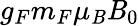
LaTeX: g_{F}m_{F}\mu_{\mathit{B}}\mathit{B}_{0}